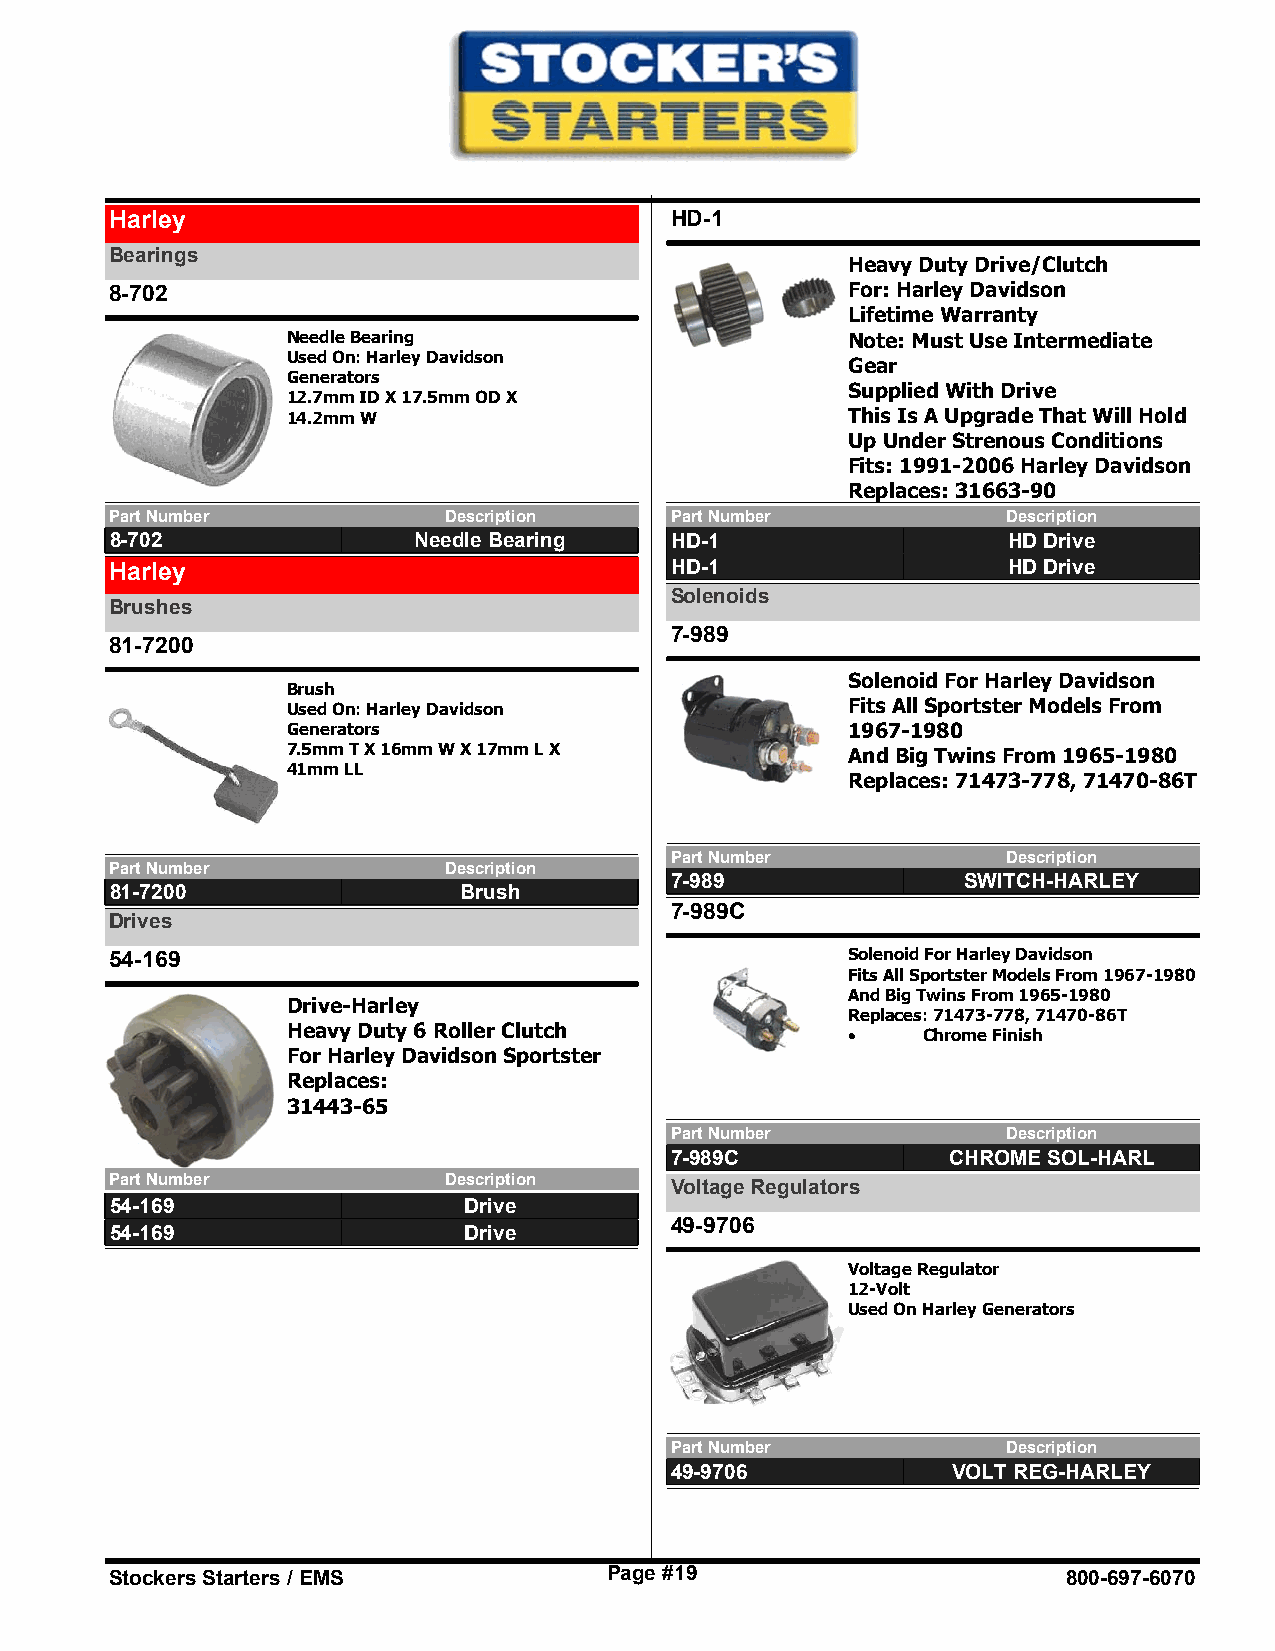
Harley                               HD-1
 Bearings
 Heavy Duty Drive/Clutch
 8-702                                            For: Harley Davidson
 Lifetime Warranty
 Needle Bearing                       Note: Must Use Intermediate
 Used On: Harley Davidson
 Gear
 Generators
 Supplied With Drive
 12.7mm ID X 17.5mm OD X
 14.2mm W                             This Is A Upgrade That Will Hold
 Up Under Strenous Conditions
 Fits: 1991-2006 Harley Davidson
 Replaces: 31663-90
 Part Number           Description    Part Number            Description
 8-702               Needle Bearing   HD-1                   HD Drive
 Harley                               HD-1                   HD Drive
 Solenoids
 Brushes
 7-989
 81-7200
 Solenoid For Harley Davidson
 Brush
 Used On: Harley Davidson             Fits All Sportster Models From
 Generators                           1967-1980
 7.5mm T X 16mm W X 17mm L X          And Big Twins From 1965-1980
 41mm LL
 Replaces: 71473-778, 71470-86T
 Part Number            Description
 Part Number           Description
 7-989               SWITCH-HARLEY
 81-7200                Brush
 7-989C
 Drives
 54-169                                           Solenoid For Harley Davidson
 Fits All Sportster Models From 1967-1980
 And Big Twins From 1965-1980
 Drive-Harley
 Replaces: 71473-778, 71470-86T
 Heavy Duty 6 Roller Clutch           ·    Chrome Finish
 For Harley Davidson Sportster
 Replaces:
 31443-65
 Part Number            Description
 7-989C             CHROME SOL-HARL
 Part Number           Description
 Voltage Regulators
 54-169                  Drive
 49-9706
 54-169                  Drive
 Voltage Regulator
 12-Volt
 Used On Harley Generators
 Part Number            Description
 49-9706            VOLT REG-HARLEY
 Stockers Starters / EMS          Page #19                       800-697-6070